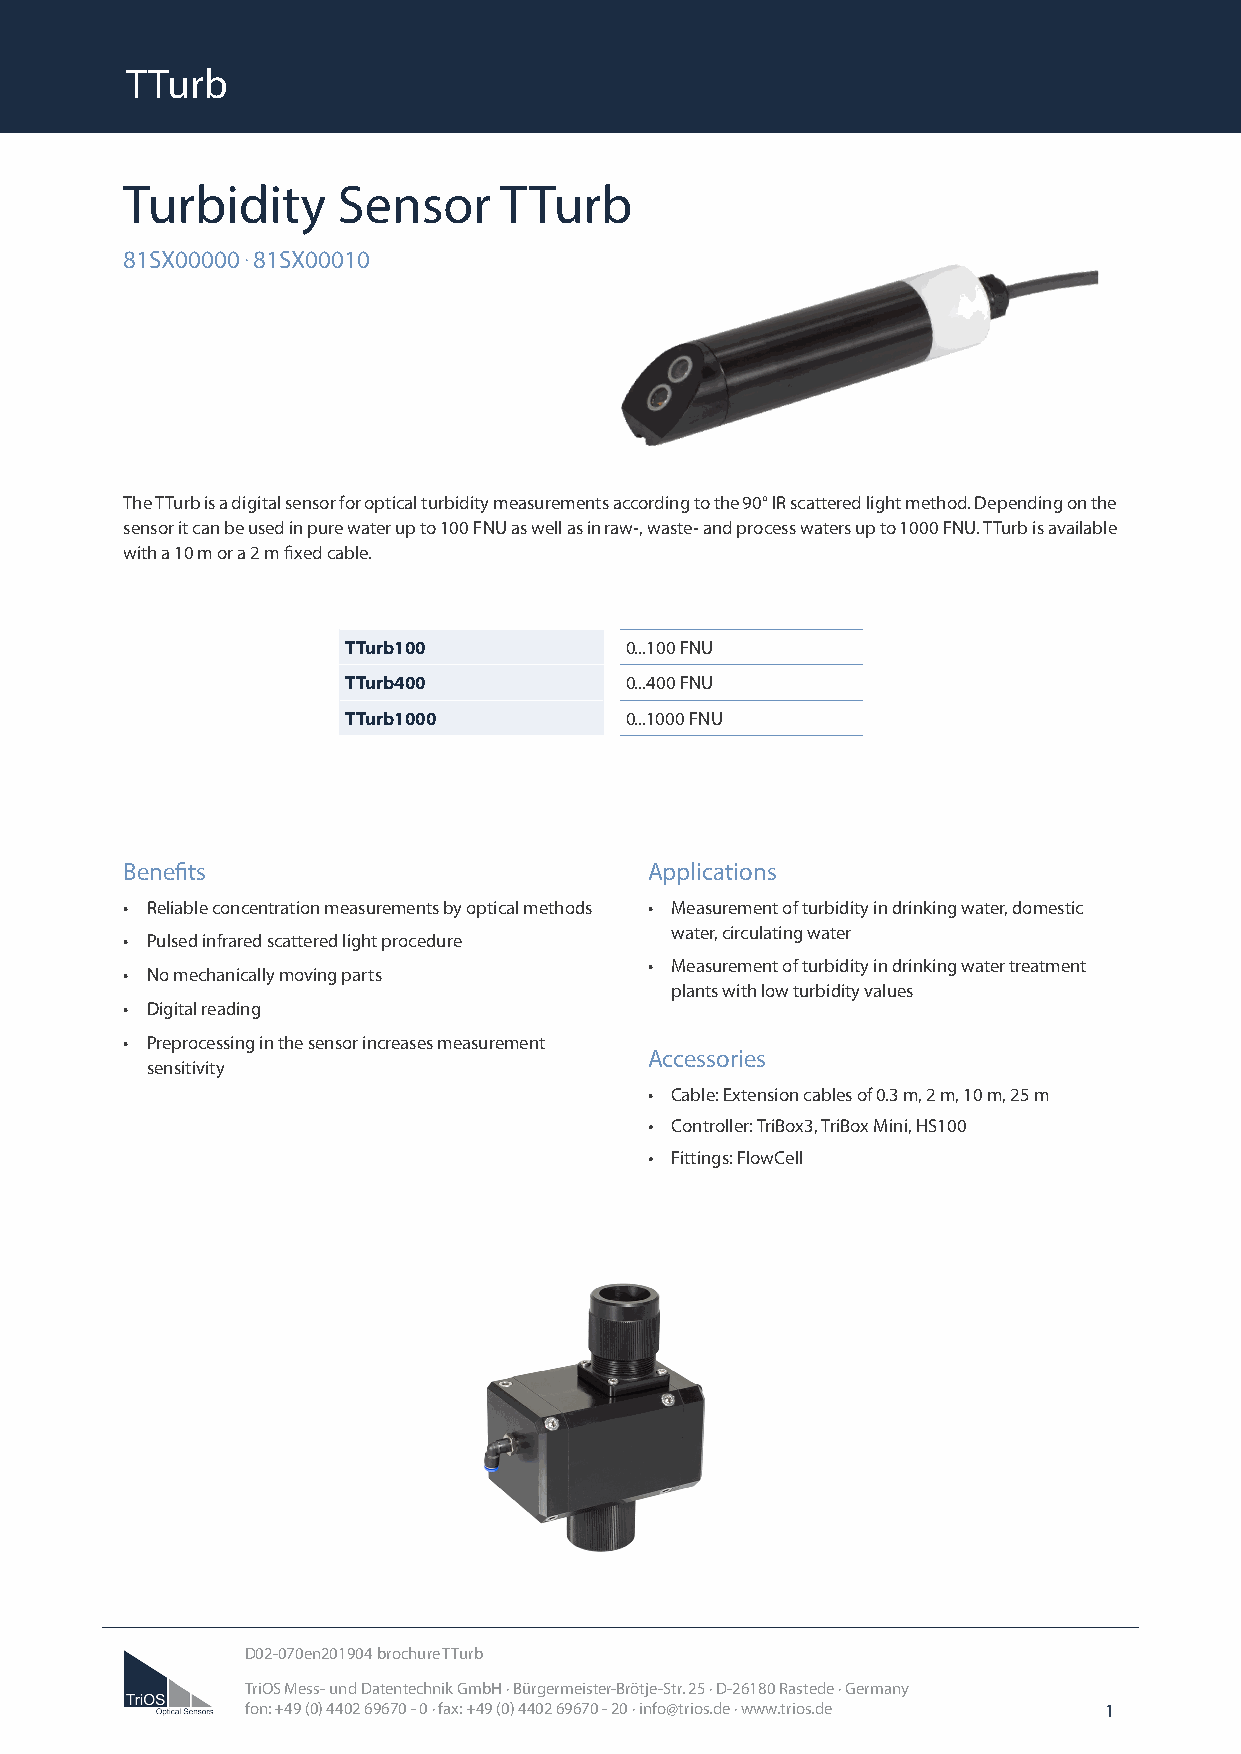
TTurb
 Turbidity     Sensor     TTurb
 81SX00000 . 81SX00010
 The TTurb is a digital sensor for optical turbidity measurements according to the 90° IR scattered light method. Depending on the
 sensor it can be used in pure water up to 100 FNU as well as in raw-, waste- and process waters up to 1000 FNU. TTurb is available
 with a 10 m or a 2 m fixed cable.
 TTurb100          0...100 FNU
 TTurb400          0...400 FNU
 TTurb1000         0...1000 FNU
 Benefits                           Applications
 • Reliable concentration measurements by optical methods • Measurement of turbidity in drinking water, domestic
 water, circulating water
 • Pulsed infrared scattered light procedure
 • Measurement of turbidity in drinking water treatment
 • No mechanically moving parts
 plants with low turbidity values
 • Digital reading
 • Preprocessing in the sensor increases measurement
 Accessories
 sensitivity
 • Cable: Extension cables of 0.3 m, 2 m, 10 m, 25 m
 • Controller: TriBox3, TriBox Mini, HS100
 • Fittings: FlowCell
 D02-070en201904 brochure TTurb
 TriOS Mess- und Datentechnik GmbH · Bürgermeister-Brötje-Str. 25 · D-26180 Rastede · Germany
 fon: +49 (0) 4402 69670 - 0 · fax: +49 (0) 4402 69670 - 20 · info@trios.de · www.trios.de 1